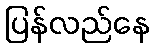
ပြန်လည်နေ